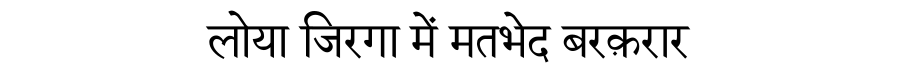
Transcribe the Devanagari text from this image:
लोया जिरगा में मतभेद बरक़रार